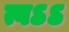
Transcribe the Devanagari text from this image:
त्वऽऽ